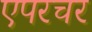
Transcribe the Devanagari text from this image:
एपरचर